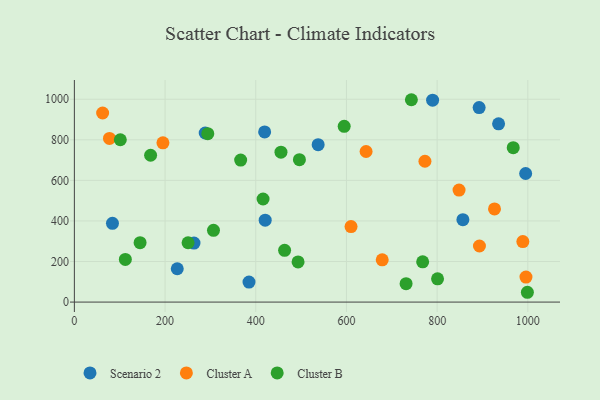
{"axis": {"x": "Study Hours", "y": "Yield"}, "legend": ["Cluster A", "Cluster B", "Scenario 2"], "data": [{"x": "935.5", "y": 879.0, "type": "Scenario 2"}, {"x": "385.1", "y": 98.6, "type": "Scenario 2"}, {"x": "84.0", "y": 388.3, "type": "Scenario 2"}, {"x": "856.8", "y": 406.2, "type": "Scenario 2"}, {"x": "995.2", "y": 633.9, "type": "Scenario 2"}, {"x": "419.6", "y": 838.8, "type": "Scenario 2"}, {"x": "263.8", "y": 290.8, "type": "Scenario 2"}, {"x": "226.9", "y": 164.4, "type": "Scenario 2"}, {"x": "892.6", "y": 959.0, "type": "Scenario 2"}, {"x": "420.8", "y": 403.6, "type": "Scenario 2"}, {"x": "537.6", "y": 776.2, "type": "Scenario 2"}, {"x": "790.0", "y": 995.3, "type": "Scenario 2"}, {"x": "288.5", "y": 833.6, "type": "Scenario 2"}, {"x": "77.4", "y": 806.6, "type": "Cluster A"}, {"x": "62.3", "y": 932.1, "type": "Cluster A"}, {"x": "773.1", "y": 694.4, "type": "Cluster A"}, {"x": "678.9", "y": 208.3, "type": "Cluster A"}, {"x": "989.0", "y": 298.2, "type": "Cluster A"}, {"x": "995.9", "y": 123.5, "type": "Cluster A"}, {"x": "643.3", "y": 742.4, "type": "Cluster A"}, {"x": "610.1", "y": 372.4, "type": "Cluster A"}, {"x": "848.3", "y": 552.3, "type": "Cluster A"}, {"x": "195.3", "y": 785.1, "type": "Cluster A"}, {"x": "893.3", "y": 276.6, "type": "Cluster A"}, {"x": "926.5", "y": 459.4, "type": "Cluster A"}, {"x": "112.4", "y": 210.2, "type": "Cluster B"}, {"x": "967.8", "y": 761.2, "type": "Cluster B"}, {"x": "800.9", "y": 114.7, "type": "Cluster B"}, {"x": "250.7", "y": 292.6, "type": "Cluster B"}, {"x": "306.8", "y": 353.9, "type": "Cluster B"}, {"x": "416.1", "y": 508.1, "type": "Cluster B"}, {"x": "768.1", "y": 198.3, "type": "Cluster B"}, {"x": "455.6", "y": 739.2, "type": "Cluster B"}, {"x": "595.0", "y": 866.3, "type": "Cluster B"}, {"x": "496.3", "y": 702.0, "type": "Cluster B"}, {"x": "101.3", "y": 800.2, "type": "Cluster B"}, {"x": "144.9", "y": 292.8, "type": "Cluster B"}, {"x": "493.3", "y": 198.1, "type": "Cluster B"}, {"x": "168.1", "y": 723.9, "type": "Cluster B"}, {"x": "366.7", "y": 700.2, "type": "Cluster B"}, {"x": "294.2", "y": 830.2, "type": "Cluster B"}, {"x": "463.6", "y": 255.2, "type": "Cluster B"}, {"x": "731.5", "y": 91.0, "type": "Cluster B"}, {"x": "999.0", "y": 48.4, "type": "Cluster B"}, {"x": "743.2", "y": 997.6, "type": "Cluster B"}]}